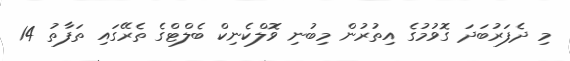
މި ދެފަރުބަދަ ގޮވުމުގެ އިތުރުން މިބުނި ވޮލްކެނިކް ބެލްޓްގެ ތެރޭގައި ތަފާތު 14